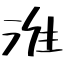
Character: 淮